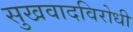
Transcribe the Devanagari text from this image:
सुखवादविरोधी